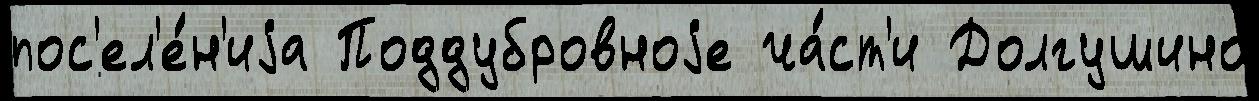
пос'ел'е́н'иjа Поддубровноjе ча́ст'и Долгушино